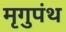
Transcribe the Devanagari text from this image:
मृगुपंथ